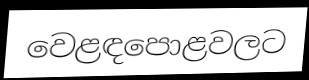
වෙළඳපොළවලට